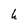
Character: h